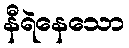
နီရဲနေသော